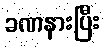
ခဏနားပြီး